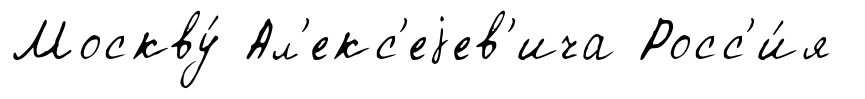
Москву́ Ал'екс'еjев'ича Росс'и́я